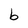
Character: b